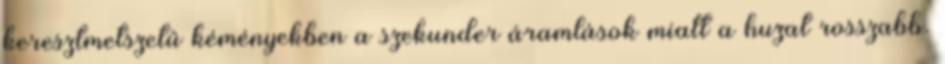
keresztmetszetű kéményekben a szekunder áramlások miatt a huzat rosszabb.